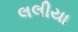
લલીયા